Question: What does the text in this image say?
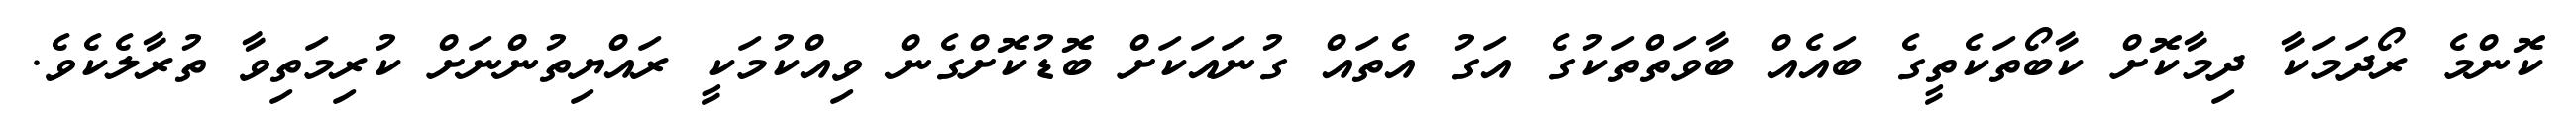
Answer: ކޮންމެ ރޯދަމަކާ ދިމާކޮށް ކާބޯތަކެތީގެ ބައެއް ބާވަތްތަކުގެ އަގު އެތައް ގުނައަކަށް ބޮޑުކޮށްގެން ވިއްކުމަކީ ރައްޔިތުންނަށް ކުރިމަތިވާ ތުރާލެކެވެ.